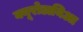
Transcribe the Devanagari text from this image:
क्यूरोडायिआ